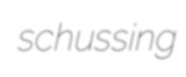
schussing